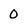
Character: O